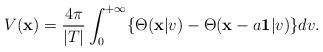
LaTeX: \begin{align*}V(\textbf{x})=\dfrac{4\pi}{\vert T\vert}\int_{0}^{+\infty}\lbrace \Theta (\mathbf{x}\vert v)-\Theta (\mathbf{x}-a\textbf{1}\vert v)\rbrace dv.\end{align*}